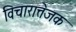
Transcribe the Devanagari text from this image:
विचारात्तेजक